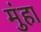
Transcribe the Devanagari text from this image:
मुंहा